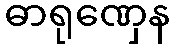
ဓာရုဏှေန